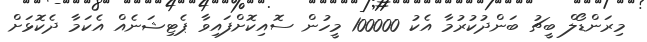
މިރަންޑޯލް ބީޗު ބަންދުކުރުމާ އެކު 100000 މީހުން ސޮއިކޮށްފައިވާ ޕެޓިޝަނެއް އެކަމާ ދެކޮޅަށް